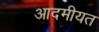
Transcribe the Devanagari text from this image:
आदमीयत